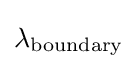
\lambda _{\mathrm {boundary} }